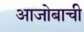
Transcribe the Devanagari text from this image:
आजोबाची